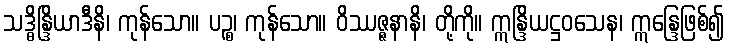
သဒ္ဓိန္ဒြိယာဒီနိ၊ ကုန်သော။ ပဉ္စ၊ ကုန်သော။ ဝိဿဇ္ဇနာနိ၊ တို့ကို။ ဣန္ဒြိယဋ္ဌဝသေန၊ ဣန္ဒြေဖြစ်၍